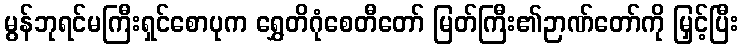
မွန်ဘုရင်မကြီးရှင်စောပုက ရွှေတိဂုံစေတီတော် မြတ်ကြီး၏ဉာဏ်တော်ကို မြှင့်ပြီး